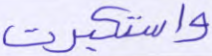
واستكبرت